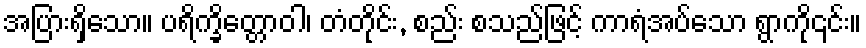
အပြားရှိသော။ ပရိက္ခိတ္တောဝါ၊ တံတိုင်း, စည်း စသည်ဖြင့် ကာရံအပ်သော ရွာကို၎င်း။